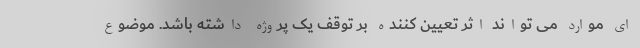
ای موارد می تواند اثر تعیین کننده بر توقف یک پروژه داشته باشد. موضوع